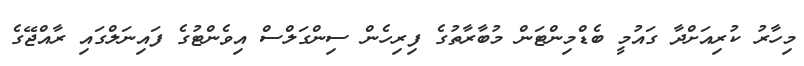
މިހާރު ކުރިއަށްދާ ގައުމީ ބެޑްމިންޓަން މުބާރާތުގެ ފިރިހެން ސިންގަލްސް އިވެންޓުގެ ފައިނަލްގައި ރާއްޖޭގެ